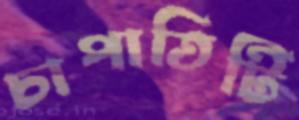
চাপাতিটি